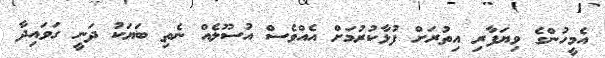
އެމީހުންގެ ވިޔަފާރި އިތުރަށް ފުޅާކުރުމަށް އެއްވެސް އުސޫލެއް ނެތި ބަޔަކު ދަނީ ގަވައިދާ